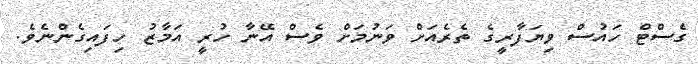
ގެސްޓް ހައުސް ވިޔަފާރީގެ ތެރެއަށް ވަނުމަށް ވެސް އޭނާ ހުރީ އަމާޒު ހިފައިގެންނެވެ.